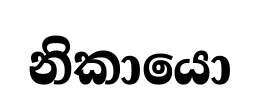
නිකායො